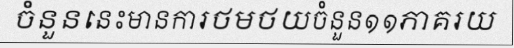
ចំនួននេះមានការថមថយចំនួន១១ភាគរយ